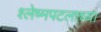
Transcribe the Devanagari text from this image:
श्लेष्मपटलाच्या